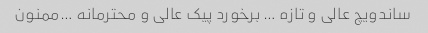
ساندویچ عالی و تازه … برخورد پیک عالی و محترمانه …ممنون